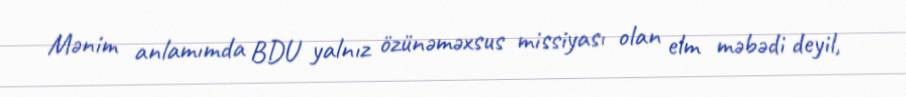
Mənim anlamımda BDU yalnız özünəməxsus missiyası olan elm məbədi deyil,